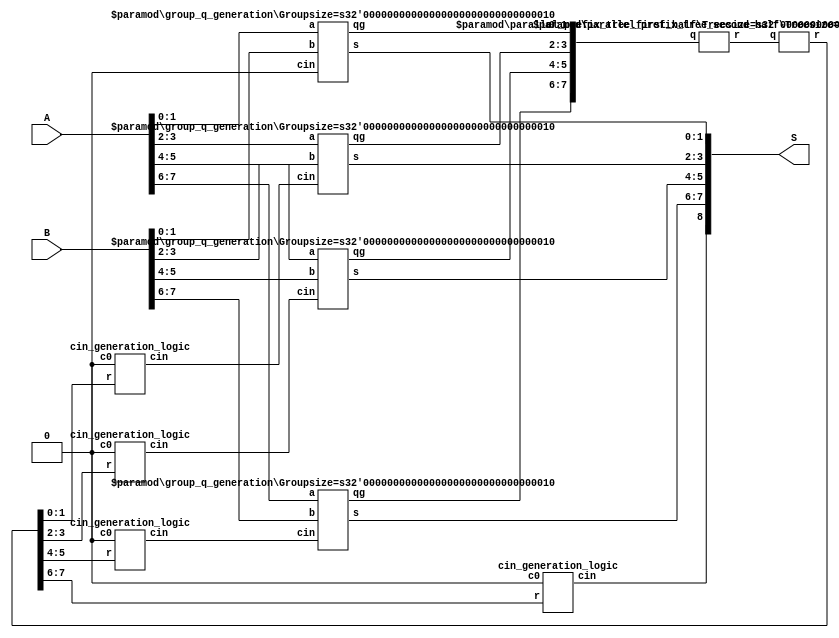
`define INPUTSIZE 8		//set the input size n
`define GROUPSIZE 2		//set the group size = 1, 2, 4 or 8
module Brent_Kung_Adder(A,B,S);
input	[`INPUTSIZE - 1:0]	A;
input	[`INPUTSIZE - 1:0]	B;
output	[`INPUTSIZE:0]		S;
wire	[`INPUTSIZE / `GROUPSIZE * 2 - 1:0]	r_temp;
wire	[`INPUTSIZE / `GROUPSIZE * 2 - 1:0]	r;
wire	[`INPUTSIZE / `GROUPSIZE:0]		cin;
wire	[`INPUTSIZE / `GROUPSIZE * 2 - 1:0]	q;
assign cin[0] = 1'b0;
generate
genvar i;
for(i = 0;i < `INPUTSIZE / `GROUPSIZE;i = i + 1) begin: parallel_FA_CLA_prefix
group_q_generation #(.Groupsize(`GROUPSIZE))
f(.a(A[`GROUPSIZE * (i + 1) - 1:`GROUPSIZE * i]),
		  .b(B[`GROUPSIZE * (i + 1) - 1:`GROUPSIZE * i]),
		  .cin(cin[i]),
		  .s(S[`GROUPSIZE * (i + 1) - 1:`GROUPSIZE * i]),
		  .qg(q[i * 2 + 1:i * 2]));
end
parallel_prefix_tree_first_half #(.Treesize(`INPUTSIZE / `GROUPSIZE))
t1(.q(q[`INPUTSIZE / `GROUPSIZE * 2 - 1:0]),
	   .r(r_temp[`INPUTSIZE / `GROUPSIZE * 2 - 1:0]));
parallel_prefix_tree_second_half #(.Treesize(`INPUTSIZE / `GROUPSIZE))
t2(.q(r_temp[`INPUTSIZE / `GROUPSIZE * 2 - 1:0]),
	   .r(r[`INPUTSIZE / `GROUPSIZE * 2 - 1:0]));
for(i = 0;i < `INPUTSIZE / `GROUPSIZE;i = i + 1) begin: cin_generation
cin_generation_logic f(.r(r[2 * i + 1:2 * i]),
							   .c0(1'b0),
							   .cin(cin[i + 1]));
end
assign S[`INPUTSIZE] = cin[`INPUTSIZE / `GROUPSIZE];
endgenerate
endmodule
module parallel_prefix_tree_first_half #(parameter Treesize = `INPUTSIZE / `GROUPSIZE)(q,r);
input	[Treesize * 2 - 1:0]	q;
output	[Treesize * 2 - 1:0]	r;
generate
genvar i;
if(Treesize == 2) begin: trival_case
assign r[1:0] = q[1:0];
prefix_logic f(.ql(q[1:0]),
					   .qh(q[3:2]),
					   .r(r[3:2]));
end
else begin: recursive_case
wire	[Treesize * 2 - 1:0]	r_temp;
parallel_prefix_tree_first_half #(.Treesize(Treesize / 2))
recursion_lsbh(.q(q[Treesize - 1:0]),
					   .r(r_temp[Treesize - 1:0]));
parallel_prefix_tree_first_half #(.Treesize(Treesize / 2))
recursion_msbh(.q(q[Treesize * 2 - 1:Treesize]),
					   .r(r_temp[Treesize * 2 - 1:Treesize]));
for(i = 0;i < Treesize * 2;i = i + 2) begin: parallel_stitch_up
if(i != Treesize * 2 - 2) begin: parallel_stitch_up_pass
assign r[i + 1:i] = r_temp[i + 1:i];
end
else begin: parallel_stitch_up_produce
prefix_logic f(.ql(r_temp[Treesize - 1:Treesize - 2]),
							   .qh(r_temp[Treesize * 2 - 1:Treesize * 2 - 2]),
							   .r(r[Treesize * 2 - 1:Treesize * 2 - 2]));
end
end
end
endgenerate
endmodule
module parallel_prefix_tree_second_half #(parameter Treesize = `INPUTSIZE / `GROUPSIZE)(q,r);
input	[Treesize * 2 - 1:0]	q;
output	[Treesize * 2 - 1:0]	r;
wire	[Treesize * 2 * ($clog2(Treesize) - 1) - 1:0]	r_temp;
assign r_temp[Treesize * 2 - 1:0] = q[Treesize * 2 - 1:0];
generate
genvar i, j;
for(i = 0;i < $clog2(Treesize) - 2;i = i + 1) begin: second_half_level
assign r_temp[Treesize * 2 * (i + 1) + ((Treesize / (2 ** i)) - 1 - 2 ** ($clog2(Treesize / 4) - i)) * 2 - 1:Treesize * 2 * (i + 1)] = r_temp[Treesize * 2 * i + ((Treesize / (2 ** i)) - 1 - 2 ** ($clog2(Treesize / 4) - i)) * 2 - 1:Treesize * 2 * i];
for(j = (Treesize / (2 ** i)) - 1 - 2 ** ($clog2(Treesize / 4) - i);j < Treesize;j = j + 2 ** ($clog2(Treesize / 2) - i)) begin: second_half_level_logic
prefix_logic f(.ql(r_temp[Treesize * 2 * i + (j - 2 ** ($clog2(Treesize / 4) - i)) * 2 + 1:Treesize * 2 * i + (j - 2 ** ($clog2(Treesize / 4) - i)) * 2]),
						   .qh(r_temp[Treesize * 2 * i + j * 2 + 1:Treesize * 2 * i + j * 2]),
						   .r(r_temp[Treesize * 2 * (i + 1) + j * 2 + 1:Treesize * 2 * (i + 1) + j * 2]));
if(j != Treesize - 1 - 2 ** ($clog2(Treesize / 4) - i)) begin: second_half_level_direct_connect
assign r_temp[Treesize * 2 * (i + 1) + (j + 2 ** ($clog2(Treesize / 2) - i)) * 2 - 1:Treesize * 2 * (i + 1) + j * 2 + 2] = r_temp[Treesize * 2 * i + (j + 2 ** ($clog2(Treesize / 2) - i)) * 2 - 1:Treesize * 2 * i + j * 2 + 2];
end
end
assign r_temp[Treesize * 2 * (i + 2) - 1:Treesize * 2 * (i + 2) - (2 ** ($clog2(Treesize / 4) - i)) * 2] = r_temp[Treesize * 2 * (i + 1) - 1:Treesize * 2 * (i + 1) - (2 ** ($clog2(Treesize / 4) - i)) * 2];
end
assign r[1:0] = r_temp[Treesize * 2 * ($clog2(Treesize) - 2) + 1:Treesize * 2 * ($clog2(Treesize) - 2)];
for(i = 1;i < Treesize;i = i + 2) begin: final_r_odd
assign r[i * 2 + 1:i * 2] = r_temp[Treesize * 2 * ($clog2(Treesize) - 2) + i * 2 + 1:Treesize * 2 * ($clog2(Treesize) - 2) + i * 2];
end
for(i = 2;i < Treesize;i = i + 2) begin: final_r_even
prefix_logic f(.ql(r_temp[Treesize * 2 * ($clog2(Treesize) - 2) + i * 2 - 1:Treesize * 2 * ($clog2(Treesize) - 2) + i * 2 - 2]),
					   .qh(r_temp[Treesize * 2 * ($clog2(Treesize) - 2) + i * 2 + 1:Treesize * 2 * ($clog2(Treesize) - 2) + i * 2]),
					   .r(r[i * 2 + 1:i * 2]));
end
endgenerate
endmodule
module group_q_generation #(parameter Groupsize = `GROUPSIZE)(a,b,cin,s,qg);
input	[Groupsize - 1:0]	a;
input	[Groupsize - 1:0]	b;
input				cin;
output	[Groupsize - 1:0]	s;
output	[1:0]			qg;
wire	[2 * Groupsize - 1:0]	q;
wire	[Groupsize - 1:0]	c;
assign c[0] = cin;
generate
genvar i;
for(i = 0;i < Groupsize;i = i + 1) begin: parallel_FA_CLA_prefix
FA_CLA_prefix f(.a(a[i]),
						.b(b[i]),
						.cin(c[i]),
						.s(s[i]),
						.q(q[i * 2 + 1:i * 2]));
if(i != Groupsize - 1)begin: special_case
assign c[i + 1] = q[i * 2 + 1] | q[i * 2] & c[i];
end
end
//group q generation based on the Groupsize
if(Groupsize == 1) begin: case_gs1
assign qg[1] = q[1];
assign qg[0] = q[0];
end
else if(Groupsize == 2) begin: case_gs2
assign qg[1] = q[3] | (q[1] & q[2]);
assign qg[0] = q[2] & q[0];
end
else if(Groupsize == 4) begin: case_gs4
assign qg[1] = q[7] | (q[5] & q[6]) | (q[3] & q[6] & q[4]) | (q[1] & q[6] & q[4] & q[2]);
assign qg[0] = q[6] & q[4] & q[2] & q[0];
end
else if(Groupsize == 8) begin: case_gs8
assign qg[1] = q[15] | (q[13] & q[14]) | (q[11] & q[14] & q[12]) | (q[9] & q[14] & q[12] & q[10]) | (q[7] & q[14] & q[12] & q[10] & q[8]) | (q[5] & q[14] & q[12] & q[10] & q[8] & q[6]) | (q[3] & q[14] & q[12] & q[10] & q[8] & q[6] & q[4]) | (q[1] & q[14] & q[12] & q[10] & q[8] & q[6] & q[4] & q[2]);
assign qg[0] = q[14] & q[12] & q[10] & q[8] & q[6] & q[4] & q[2] & q[0];
end
endgenerate
endmodule
//Cin_generation_logic
module cin_generation_logic(r,c0,cin);
input	[1:0]	r;
input		c0;
output		cin;
assign cin = (r[0] & c0) | r[1];
endmodule
//basic_logic
module prefix_logic(ql,qh,r);
input	[1:0]	ql;
input	[1:0]	qh;
output	[1:0]	r;
assign r[0] = qh[0] & ql[0];
assign r[1] = (qh[0] & ql[1]) | qh[1];
endmodule
//FA_cell_CLA
module FA_CLA_prefix(a,b,cin,s,q);
input 		a;
input 		b;
input 		cin;
output 		s;
output	[1:0]	q;
assign q[0] = a ^ b;
assign s = q[0] ^ cin;
assign q[1] = a & b;
endmodule